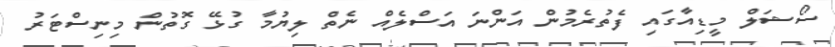
ސޯޝަލް މީޑިއާގައި ފެތުރެމުން އަންނަ އަސްލެއް ނެތް ލިޔުމާ ގުޅޭ ގޮތުން މިނިސްޓަރު